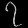
Digit: ၇